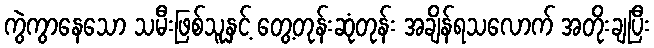
ကွဲကွာနေသော သမီးဖြစ်သူနှင့် တွေ့တုန်းဆုံတုန်း အချိန်ရသလောက် အတိုးချပြီး